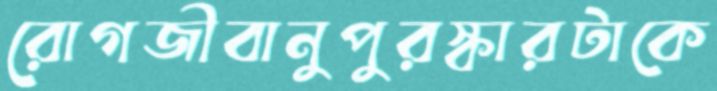
রোগজীবানুপুরস্কারটাকে